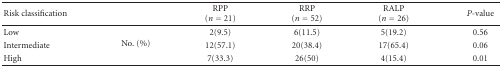
| Risk classification |  | RPP (n = 21) | RRP (n = 52) | RALP (n = 26) | P-value |
 | --- | --- | --- | --- | --- | --- |
 | Low | <ROWSPAN=3> No. (%) | 2(9.5) | 6(11.5) | 5(19.2) | 0.56 |
 | Intermediate | 12(57.1) | 20(38.4) | 17(65.4) | 0.06 |
 | High | 7(33.3) | 26(50) | 4(15.4) | 0.01 |